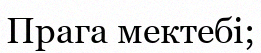
Прага мектебі;